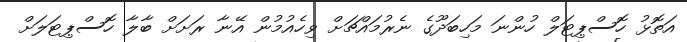
އަތޮޅު ހޮސްޕިޓަލް ހުންނަ މަހިބަދޫގެ ނެރުމައްޗަށް ވިހެއުމުން އޭނާ ރަށަށް ބާލާ ހޮސްޕިޓަލަށް